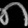
Digit: ၈